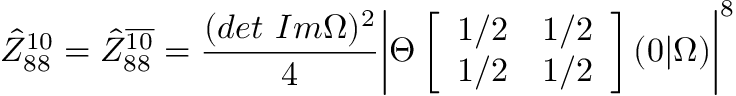
\hat { Z } _ { 8 8 } ^ { 1 0 } = \hat { Z } _ { 8 8 } ^ { \overline { { { 1 0 } } } } = \frac { ( d e t \ I m \Omega ) ^ { 2 } } { 4 } \biggl \vert \Theta \left[ \begin{array} { l l } { { 1 / 2 } } & { { 1 / 2 } } \\ { { 1 / 2 } } & { { 1 / 2 } } \end{array} \right] ( 0 \vert \Omega ) \biggr \vert ^ { 8 }